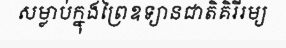
សម្លាប់ក្នុងព្រៃឧទ្យានជាតិគិរីរម្យ